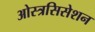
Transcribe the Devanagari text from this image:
ओस्त्रसिसेशन